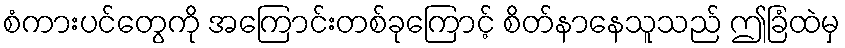
စံကားပင်တွေကို အကြောင်းတစ်ခုကြောင့် စိတ်နာနေသူသည် ဤခြံထဲမှ